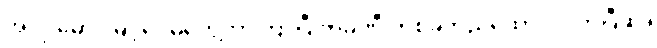
အလို မောင်မြင့်ဝေမတွေ့တာကြာပြီ ကုမ္ပဏီ တစ်ခုတည်ထောင်လိုက်ပြီဆို။